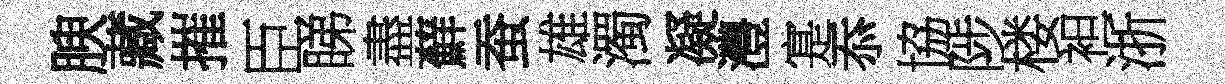
腴藏摧臣睇盡蘚蚕雄濁凝灃寔忝協陟楼袒浙